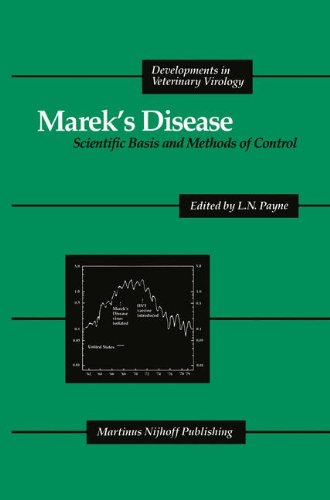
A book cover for Marek's Disease: Scientific Basis and Methods of Control (Developments in Veterinary Virology); Medical Books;